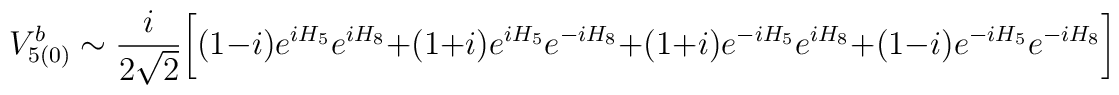
V^b_{5(0)}\sim \frac{i}{2\sqrt{2}}\biggl[ (1-i)e^{iH_5}e^{iH_8}+(1+i)e^{iH_5}e^{-iH_8} +(1+i)e^{-iH_5}e^{iH_8}+(1-i)e^{-iH_5}e^{-iH_8}\biggr]